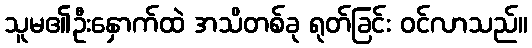
သူမ၏ဦးနှောက်ထဲ အသိတစ်ခု ရုတ်ခြင်း ဝင်လာသည်။